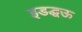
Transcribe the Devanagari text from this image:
इडद्धऊ